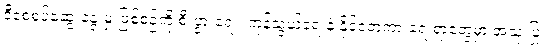
ဒီစေ့စပ်ဆွေးနွေးမှု ဖြစ်စဉ်ကို စီးပွားရေး၊ ကုန်သွယ်ရေးနဲ့ နိုင်ငံတကာ ရေးရာတွေမှာ အသုံးပြု